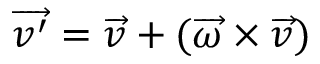
\overrightarrow { v ^ { \prime } } = \overrightarrow { v } + ( \overrightarrow { \omega } \times \overrightarrow { v } )